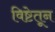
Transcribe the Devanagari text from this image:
विष्टेतून